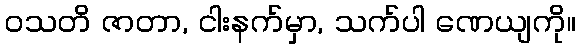
ဝသတိ ဇာတာ, ငါးနက်မှာ, သက်ပါ ဏေယျကို။